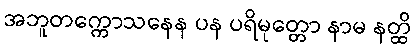
အဘူတက္ကောသနေန ပန ပရိမုတ္တော နာမ နတ္ထိ